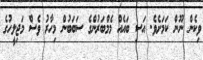
ވިކެން ނޫން ކަމަށެވެ. އަސި ބައެއް މެމްބަރުންގެ ސަބަބުން މިހާރު ވެސް މަޖިލީހުގެ